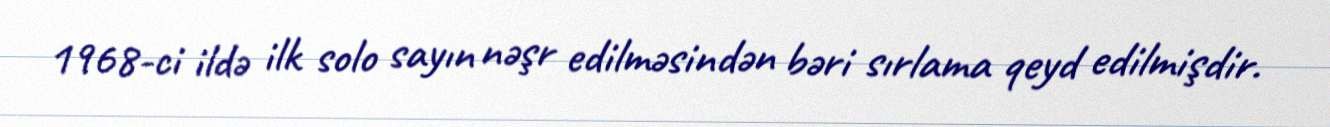
1968-ci ildə ilk solo sayın nəşr edilməsindən bəri sırlama qeyd edilmişdir.